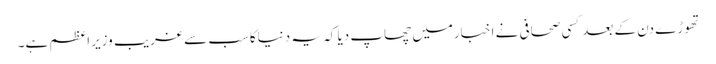
تھوڑے دن کے بعدکسی صحافی نے اخبارمیں چھاپ دیا کہ یہ دنیاکاسب سے غریب وزیراعظم ہے۔